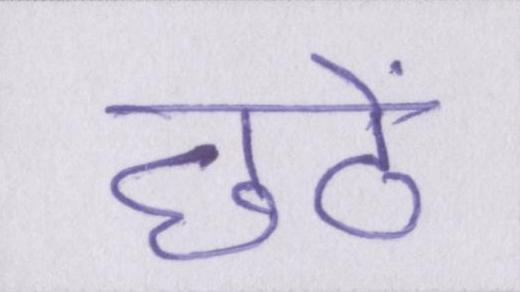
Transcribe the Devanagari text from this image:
छठें